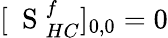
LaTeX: [\mathrm{~\mathbf~S~}_{HC}^{f}]_{0,0}=0